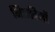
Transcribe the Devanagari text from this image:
मिस्कीनों